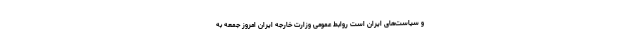
و سیاست‌های ایران است روابط عمومی وزارت خارجه ایران امروز جمعه به